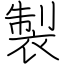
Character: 製